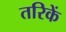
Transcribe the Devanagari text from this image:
तरिकें